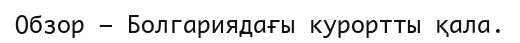
Обзор — Болгариядағы курортты қала.